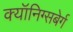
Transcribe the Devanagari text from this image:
क्यॉनिग्सबेर्ग